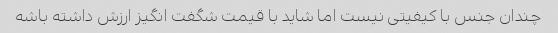
چندان جنس با کیفیتی نیست اما شاید با قیمت شگفت انگیز ارزش داشته باشه